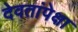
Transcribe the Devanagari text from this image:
देवतांपेक्षा